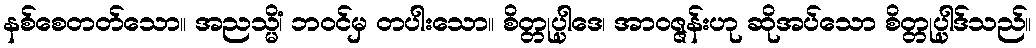
နစ်စေတတ်သော။ အညသ္မိံ၊ ဘဝင်မှ တပါးသော။ စိတ္တုပ္ပါဒေ၊ အာဝဇ္ဇန်းဟု ဆိုအပ်သော စိတ္တုပ္ပါဒ်သည်။